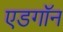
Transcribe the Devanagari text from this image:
एडगॉन